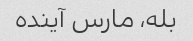
بله، مارس آینده